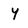
Character: y